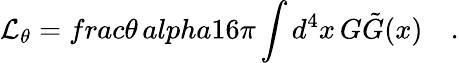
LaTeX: {\cal L}_{\theta}=frac{\theta\, alpha}{16\pi}\int d^{4}x\, G\tilde{G}(x)\quad.